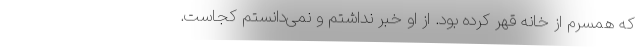
که همسرم از خانه قهر کرده بود. از او خبر نداشتم و نمی‌دانستم کجاست.